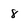
Character: 8